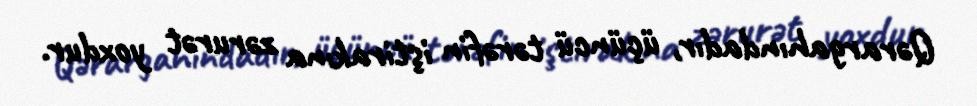
Qərargahındadır, üçüncü tərəfin iştirakına zərurət yoxdur.